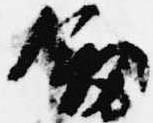
剣